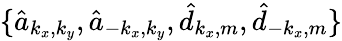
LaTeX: \{ \hat{a}_{k_{x},k_{y}},\hat{a}_{-k_{x},k_{y}},\hat{d}_{k_{x},m},\hat{d}_{-k_{x},m}\}